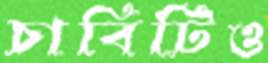
চাবিটিও